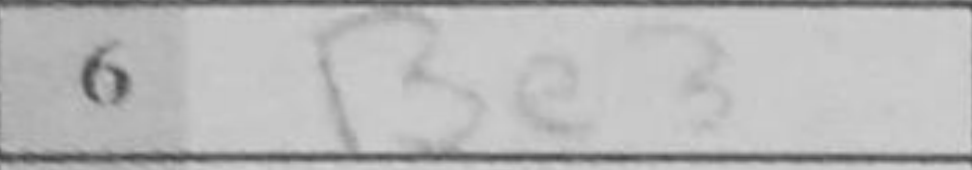
Transcription: Be3